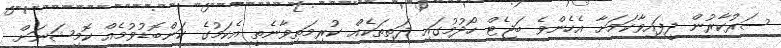
ސަރުކާރުން ދީފައިވާކަމަށާ އެހެންވެ ބަޖެޓް ހޯދުމުގައި ދަތިތަކެއް ކުރިމަތިވާނެތީ އެކަމުގެ ކަންބޮޑުވުމެއް ކޮމިޝަނަށް